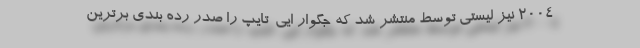
2004 نیز لیستی توسط منتشر شد که جگوار ایی-تایپ را صدر رده بندی برترین